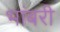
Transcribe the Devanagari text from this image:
भांबरी